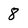
Character: 8